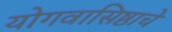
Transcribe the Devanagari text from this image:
योगवासिष्ठाचे